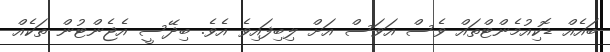
ބައެއް ޑޮކިއުމެންޓްތައް ވެސް އަވަސް އަށް ލިބިފައިވެ އެވެ. ބިދޭސީ އެޖެންޓުން ތަކެއް